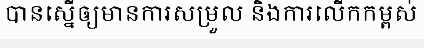
បានស្នើឲ្យមានការសម្រួល និងការលើកកម្ពស់